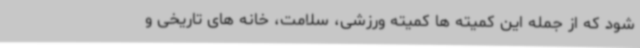
شود که از جمله این کمیته ها کمیته ورزشی، سلامت، خانه های تاریخی و